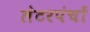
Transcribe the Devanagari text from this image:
लेटरपंचों